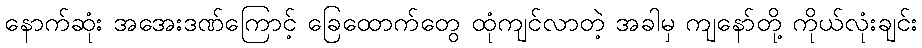
နောက်ဆုံး အအေးဒဏ်ကြောင့် ခြေထောက်တွေ ထုံကျင်လာတဲ့ အခါမှ ကျနော်တို့ ကိုယ်လုံးချင်း